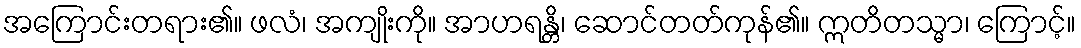
အကြောင်းတရား၏။ ဖလံ၊ အကျိုးကို။ အာဟရန္တိ၊ ဆောင်တတ်ကုန်၏။ ဣတိတသ္မာ၊ ကြောင့်။